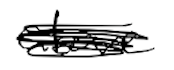
Text: above
Cross-out: mix
Writing tool: digital_black